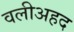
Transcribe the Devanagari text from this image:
वलीअहद